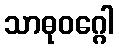
သာဓုဝဂ္ဂေါ